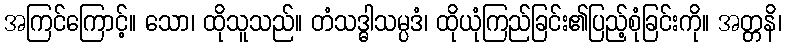
အကြင်ကြောင့်။ သော၊ ထိုသူသည်။ တံသဒ္ဓါသမ္ပဒံ၊ ထိုယုံကြည်ခြင်း၏ပြည့်စုံခြင်းကို။ အတ္တနိ၊